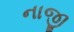
નાજી